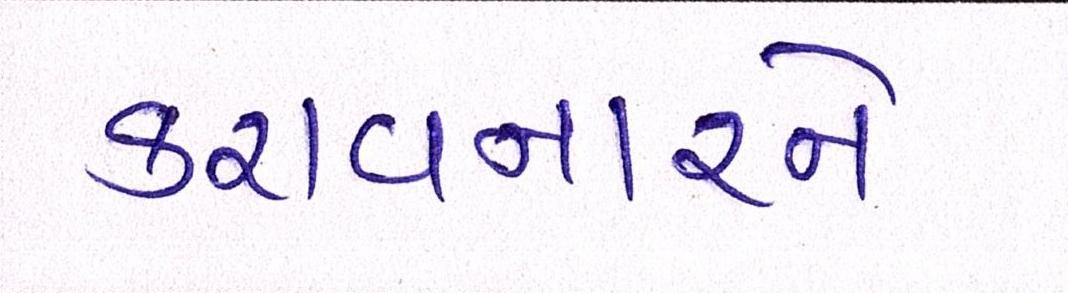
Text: કરાવનારને